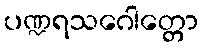
ပဏ္ဍရသဂေါတ္တော